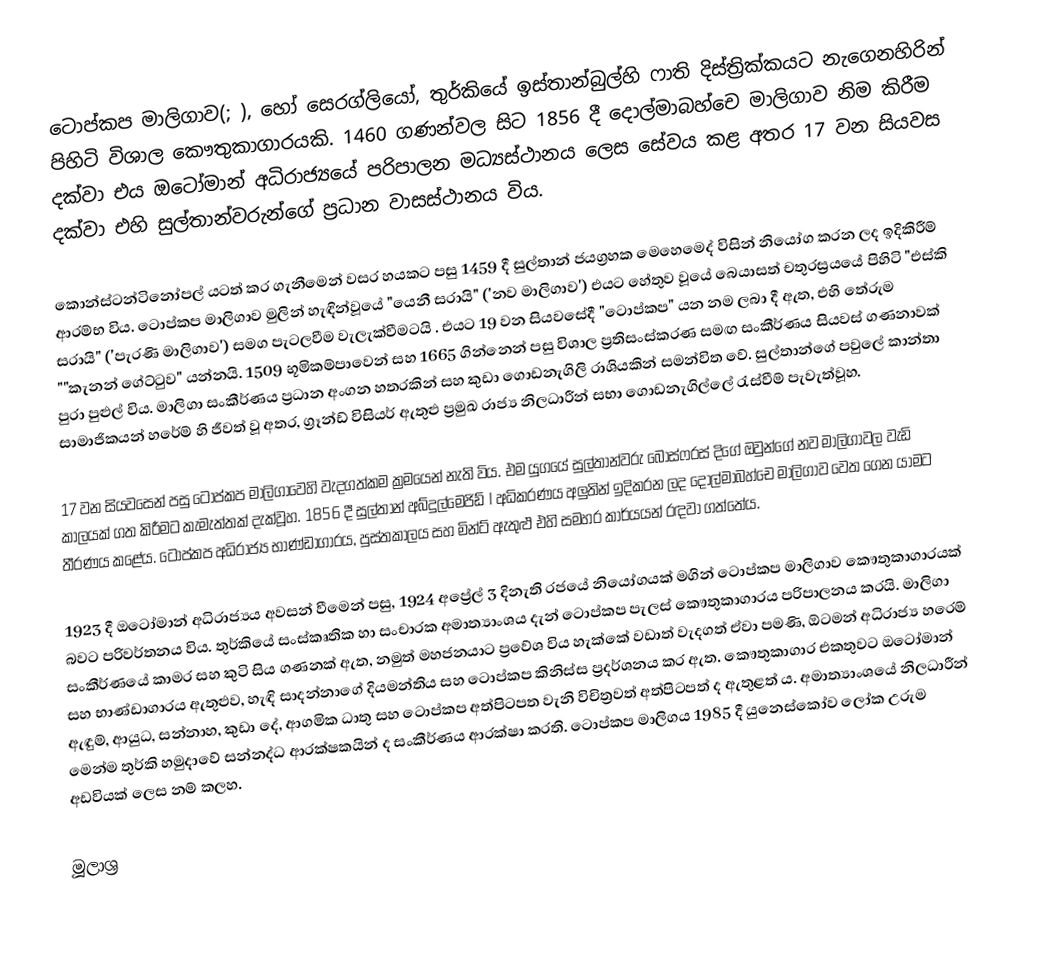
ටොප්කප මාලිගාව(; ), හෝ සෙරග්ලියෝ, තුර්කියේ ඉස්තාන්බුල්හි ෆාති දිස්ත්‍රික්කයට නැගෙනහිරින් පිහිටි විශාල කෞතුකාගාරයකි. 1460 ගණන්වල සිට 1856 දී දොල්මාබහ්චෙ මාලිගාව නිම කිරීම දක්වා එය ඔටෝමාන් අධිරාජ්‍යයේ පරිපාලන මධ්‍යස්ථානය ලෙස සේවය කළ අතර 17 වන සියවස දක්වා එහි සුල්තාන්වරුන්ගේ ප්‍රධාන වාසස්ථානය විය.

කොන්ස්ටන්ටිනෝපල් යටත් කර ගැනීමෙන් වසර හයකට පසු 1459 දී සුල්තාන් ජයග්‍රහක මෙහෙමෙද් විසින් නියෝග කරන ලද ඉදිකිරීම් ආරම්භ විය. ටොප්කප මාලිගාව මුලින් හැඳින්වූයේ "යෙනී සරායි" ('නව මාලිගාව') එයට හේතුව වූයේ බෙයාසත් චතුරස්‍රයයේ පිහිටි "එස්කි සරායි" ('පැරණි මාලිගාව') සමග පැටලවීම වැලැක්වීමටයි . එයට 19 වන සියවසේදී "ටොප්කප" යන නම ලබා දී ඇත, එහි තේරුම ""කැනන් ගේට්ටුව" යන්නයි. 1509 භූමිකම්පාවෙන් සහ 1665 ගින්නෙන් පසු විශාල ප්‍රතිසංස්කරණ සමඟ සංකීර්ණය සියවස් ගණනාවක් පුරා පුළුල් විය. මාලිගා සංකීර්ණය ප්‍රධාන අංගන හතරකින් සහ කුඩා ගොඩනැගිලි රාශියකින් සමන්විත වේ. සුල්තාන්ගේ පවුලේ කාන්තා සාමාජිකයන් හරේම් හි ජීවත් වූ අතර, ග්‍රෑන්ඩ් විසියර් ඇතුළු ප්‍රමුඛ රාජ්‍ය නිලධාරීන් සභා ගොඩනැගිල්ලේ රැස්වීම් පැවැත්වූහ.

17 වන සියවසෙන් පසු ටොප්කප මාලිගාවෙහි වැදගත්කම ක්‍රමයෙන් නැති විය. එම යුගයේ සුල්තාන්වරු බොස්ෆරස් දිගේ ඔවුන්ගේ නව මාලිගාවල වැඩි කාලයක් ගත කිරීමට කැමැත්තක් දැක්වූහ. 1856 දී සුල්තාන් අබ්දුල්මෙජිඩ් I අධිකරණය අලුතින් ඉදිකරන ලද දොල්මාබහ්චෙ මාලිගාව වෙත ගෙන යාමට තීරණය කළේය. ටොප්කප අධිරාජ්‍ය භාණ්ඩාගාරය, පුස්තකාලය සහ මින්ට් ඇතුළු එහි සමහර කාර්යයන් රඳවා ගත්තේය.

1923 දී ඔටෝමාන් අධිරාජ්‍යය අවසන් වීමෙන් පසු, 1924 අප්‍රේල් 3 දිනැති රජයේ නියෝගයක් මගින් ටොප්කප මාලිගාව කෞතුකාගාරයක් බවට පරිවර්තනය විය. තුර්කියේ සංස්කෘතික හා සංචාරක අමාත්‍යාංශය දැන් ටොප්කප පැලස් කෞතුකාගාරය පරිපාලනය කරයි. මාලිගා සංකීර්ණයේ කාමර සහ කුටි සිය ගණනක් ඇත, නමුත් මහජනයාට ප්‍රවේශ විය හැක්කේ වඩාත් වැදගත් ඒවා පමණි, ඕටමන් අධිරාජ්‍ය හරෙම් සහ භාණ්ඩාගාරය ඇතුළුව, හැඳි සාදන්නාගේ දියමන්තිය සහ ටොප්කප කිනිස්ස ප්‍රදර්ශනය කර ඇත. කෞතුකාගාර එකතුවට ඔටෝමාන් ඇඳුම්, ආයුධ, සන්නාහ, කුඩා දේ, ආගමික ධාතු සහ ටොප්කප අත්පිටපත වැනි විචිත්‍රවත් අත්පිටපත් ද ඇතුළත් ය. අමාත්‍යාංශයේ නිලධාරීන් මෙන්ම තුර්කි හමුදාවේ සන්නද්ධ ආරක්ෂකයින් ද සංකීර්ණය ආරක්ෂා කරති. ටොප්කප මාලිගය 1985 දී යුනෙස්කෝව ලෝක උරුම අඩවියක් ලෙස නම් කලහ.

මූලාශ්‍ර